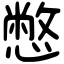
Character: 憋